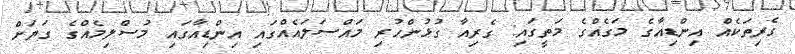
ގެރިތަކެއް އިންޑިއާގެ މަގެއްގެ މަތީގައި: ގެރިއާ ގުޅުންހުރި މައްސަލައެއްގައި އިންޑިއާގައި މުސްލިމެއްގެ ގަޔަށް